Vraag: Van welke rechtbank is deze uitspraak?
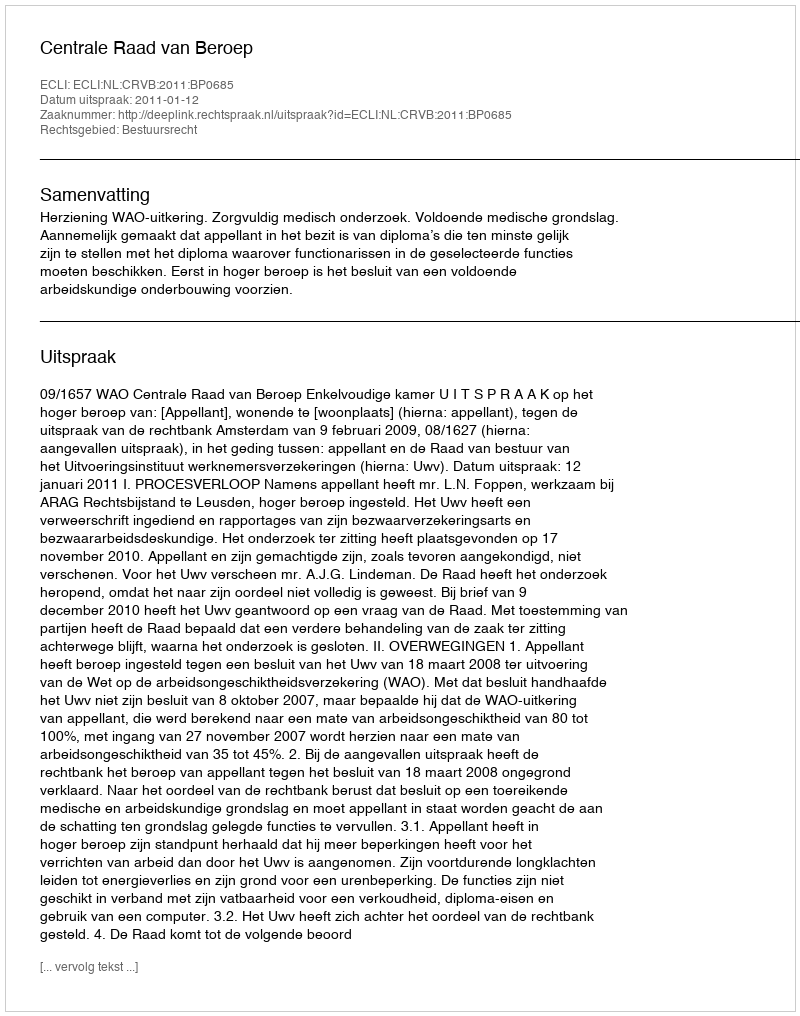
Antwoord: Centrale Raad van Beroep